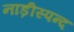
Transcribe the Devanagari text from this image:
नाड़ीस्पन्द